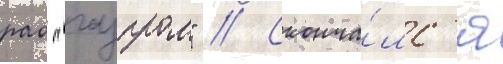
рао "газпром" // Сконча́лс'я